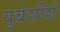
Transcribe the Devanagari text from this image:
युबेर्शीशे